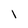
Character: l